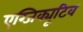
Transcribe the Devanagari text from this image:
एग्जिक्यूटिव